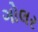
ગોલર